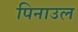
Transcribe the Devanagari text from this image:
पिनाउल